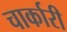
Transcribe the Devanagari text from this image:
चार्कारी